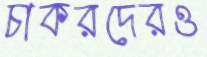
চাকরদেরও